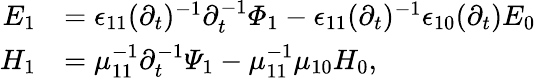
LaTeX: \begin{array}{rl}{E_{1}}&{=\epsilon_{11}(\partial_{t})^{-1}\partial_{t}^{-1}\varPhi_{1}-\epsilon_{11}(\partial_{t})^{-1}\epsilon_{10}(\partial_{t})E_{0}}\\ {H_{1}}&{=\mu_{11}^{-1}\partial_{t}^{-1}\varPsi_{1}-\mu_{11}^{-1}\mu_{10}H_{0},}\end{array}